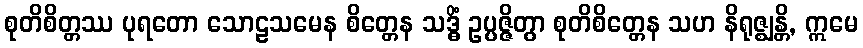
စုတိစိတ္တဿ ပုရတော သောဠသမေန စိတ္တေန သဒ္ဓိံ ဥပ္ပဇ္ဇိတွာ စုတိစိတ္တေန သဟ နိရုဇ္ဈန္တိ, ဣမေ